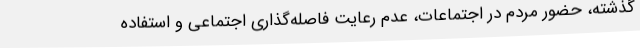
گذشته، حضور مردم در اجتماعات، عدم رعایت فاصله‌گذاری اجتماعی و استفاده